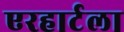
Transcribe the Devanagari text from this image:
एरहार्टला